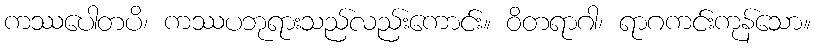
ကဿပေါတပိ၊ ကဿပဘုရားသည်လည်းကောင်း။ ဝိတရာဂါ၊ ရာဂကင်းကုန်သော။